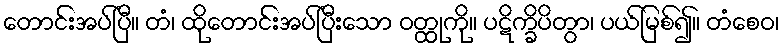
တောင်းအပ်ပြီ။ တံ၊ ထိုတောင်းအပ်ပြီးသော ဝတ္ထုကို။ ပဋိက္ခိပိတွာ၊ ပယ်မြစ်၍။ တံစေဝ၊